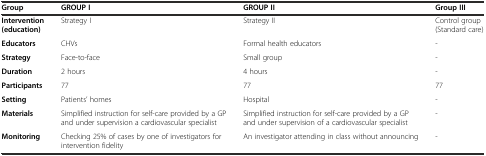
| Group | GROUP I | GROUP II | Group III |
 | --- | --- | --- | --- |
 | Intervention (education) | Strategy I | Strategy II | Control group (Standard care) |
 | Educators | CHVs | Formal health educators | - |
 | Strategy | Face-to-face | Small group | - |
 | Duration | 2 hours | 4 hours | - |
 | Participants | 77 | 77 | 77 |
 | Setting | Patients’ homes | Hospital | - |
 | Materials | Simplified instruction for self-care provided by a GP and under supervision a cardiovascular specialist | Simplified instruction for self-care provided by a GP and under supervision of a cardiovascular specialist | - |
 | Monitoring | Checking 25% of cases by one of investigators for intervention fidelity | An investigator attending in class without announcing | - |